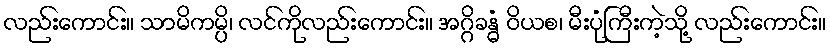
လည်းကောင်း။ သာမိကမ္ပိ၊ လင်ကိုလည်းကောင်း။ အဂ္ဂိခန္ဓံ ဝိယစ၊ မီးပုံကြီးကဲ့သို့ လည်းကောင်း။